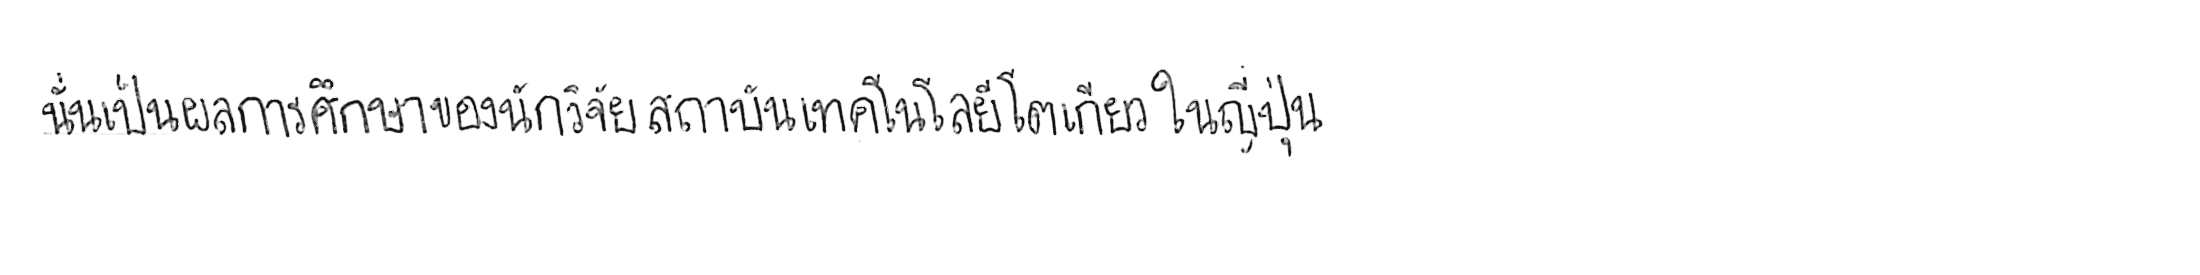
นั่นเป็นผลการศึกษาของนักวิจัยสถาบันเทคโนโลยีโตเกียว ในญี่ปุ่น